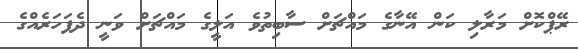
ރޭޕްކޮށް މަރާލި ކަން އޭނާގެ މައްޗަށް ސާބިތުވެ އަލީގެ މައްޗަށް ވަނީ ދެފަހަރެއްގެ